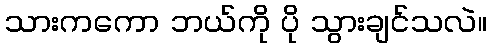
သားကကော ဘယ်ကို ပို သွားချင်သလဲ။